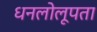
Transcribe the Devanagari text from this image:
धनलोलूपता